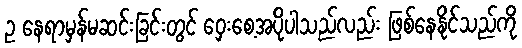
ဥ နေရာမှန်မဆင်းခြင်းတွင် ဝှေးစေ့အပိုပါသည်လည်း ဖြစ်နေနိုင်သည်ကို